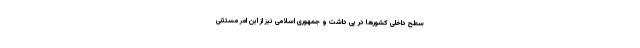
سطح داخلی کشورها در پی داشت و جمهوری اسلامی نیز از این امر مستثنی